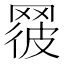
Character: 𦋕